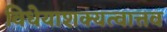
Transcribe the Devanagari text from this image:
विधेयाशक्यत्वात्तव